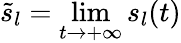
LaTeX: \tilde{s}_{l}=\operatorname*{lim}_{t\to+\infty}{s_{l}(t)}